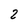
Character: 2